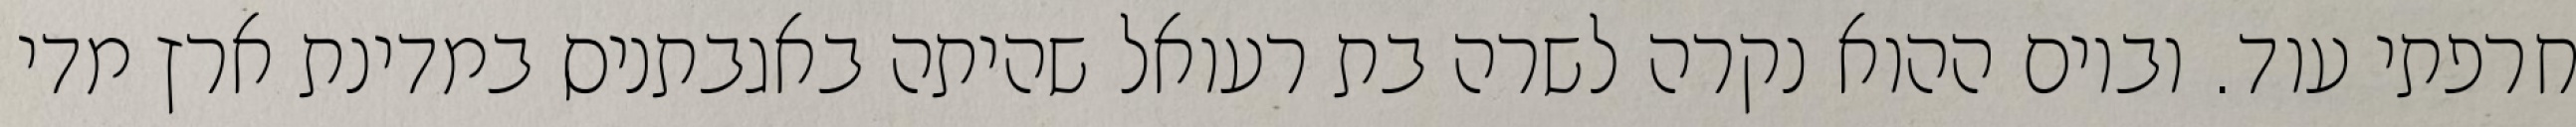
חרפתי עוד. וביום ההוא נקרה לשרה בת רעואל שהיתה באגבתניס במדינת ארץ מדי